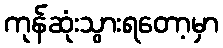
ကုန်ဆုံးသွားရတော့မှာ